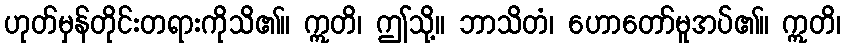
ဟုတ်မှန်တိုင်းတရားကိုသိ၏။ ဣတိ၊ ဤသို့။ ဘာသိတံ၊ ဟောတော်မူအပ်၏။ ဣတိ၊